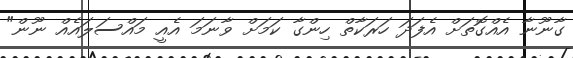
ގާނޫނާ އެއްގޮތަށް އެފަދަ ހަރަކާތް ހިންގާ ކަމަށް ވާނަމަ އެއީ މައްސަލައެއް ނޫން"